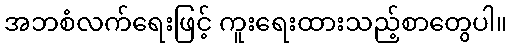
အဘစံလက်ရေးဖြင့် ကူးရေးထားသည့်စာတွေပါ။